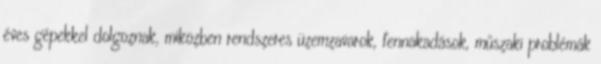
éves gépekkel dolgoznak, miközben rendszeres üzemzavarok, fennakadások, műszaki problémák